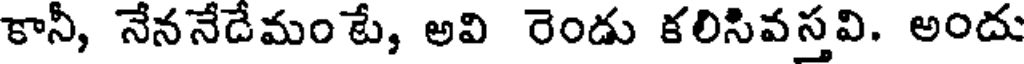
కానీ, నేననేడేమం టే, అవి రెండు కలిసివస్తవి. అందు